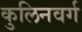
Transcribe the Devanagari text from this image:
कुलिनवर्ग